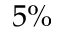
5 \%